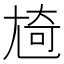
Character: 㞆